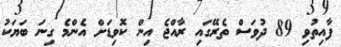
ފާއިތުވި 89 ދުވަސް ތެރޭގައި ރާއްޖެ އިން ކޮވިޑަށް އެންމެ ގިނަ ބަޔަކު